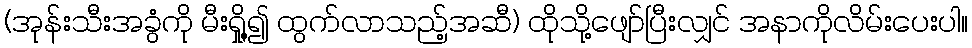
(အုန်းသီးအခွံကို မီးရှို့၍ ထွက်လာသည့်အဆီ) ထိုသို့ဖျော်ပြီးလျှင် အနာကိုလိမ်းပေးပါ။